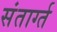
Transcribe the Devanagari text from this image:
संतार्ग्त